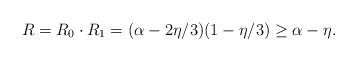
LaTeX: \begin{align*}R = R_0\cdot R_1 = (\alpha - 2\eta/3)(1 - \eta/3) \geq \alpha - \eta.\end{align*}